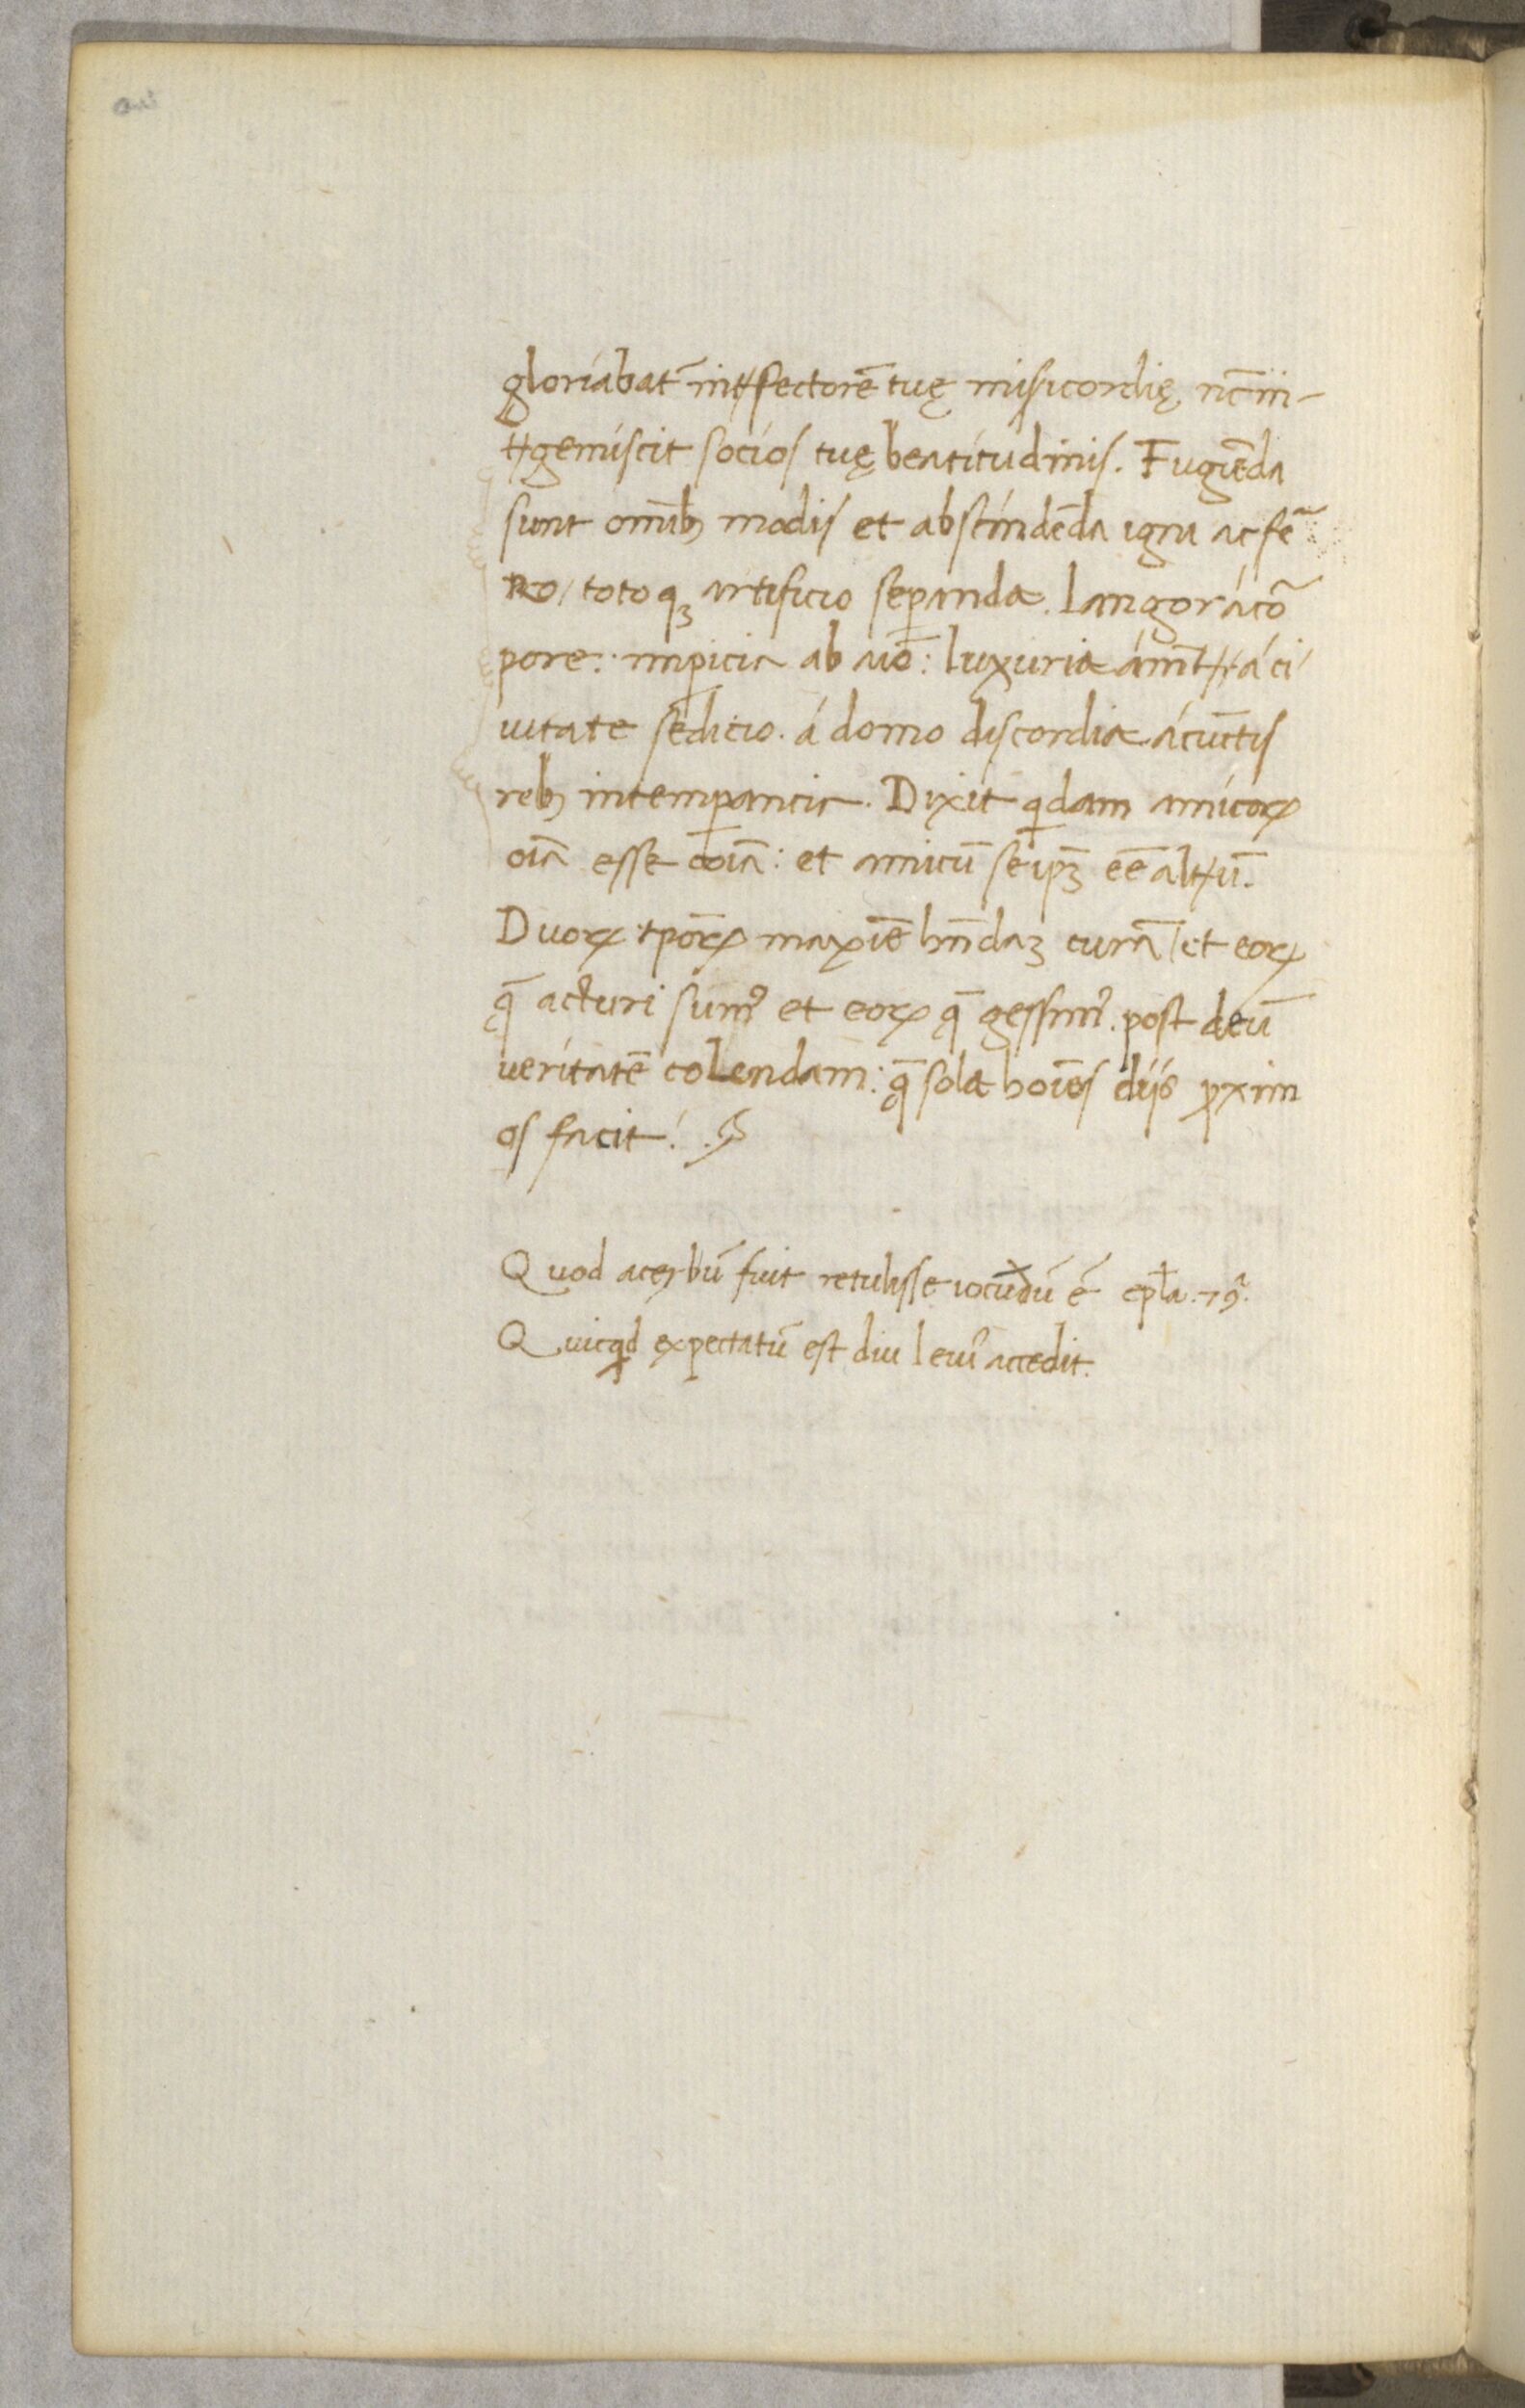
Shelfmark: Paris, BnF, NAL 632
Century: 15